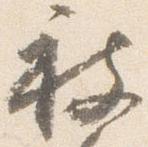
被